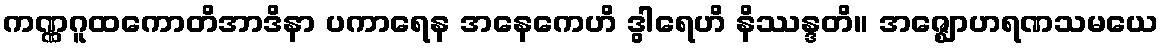
ကဏ္ဏဂူထကောတိအာဒိနာ ပကာရေန အနေကေဟိ ဒွါရေဟိ နိဿန္ဒတိ။ အဇ္ဈောဟရဏသမယေ